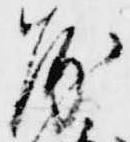
房